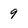
Character: 9